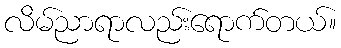
လိမ်ညာရာလည်းရောက်တယ်။